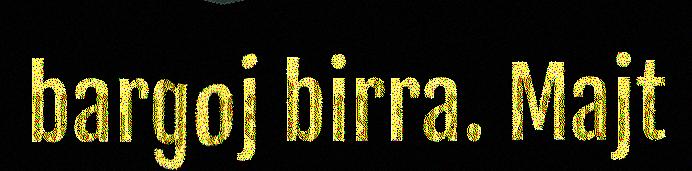
bargoj birra. Majt